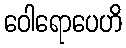
ဝေါရောပေဟိ